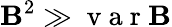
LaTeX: \mathbf{B}^{2}\gg\mathrm{{~v~a~r~}}\mathbf{B}